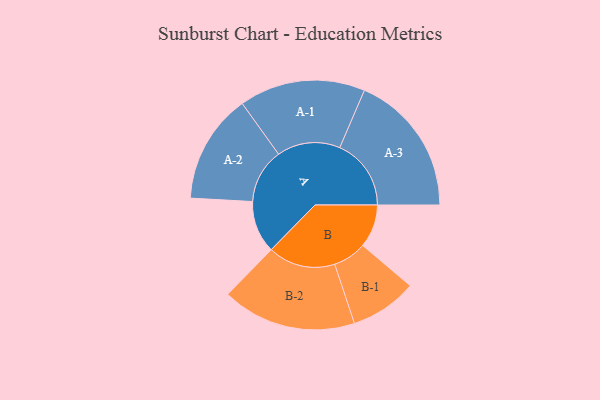
{"axis": {"x": "Segment", "y": "Value"}, "legend": ["", "A", "B"], "data": [{"x": "A", "y": 201, "type": ""}, {"x": "B", "y": 166, "type": ""}, {"x": "A-1", "y": 243, "type": "A"}, {"x": "A-2", "y": 211, "type": "A"}, {"x": "A-3", "y": 275, "type": "A"}, {"x": "B-1", "y": 129, "type": "B"}, {"x": "B-2", "y": 259, "type": "B"}]}